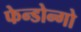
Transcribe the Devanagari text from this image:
फेन्डोन्गो